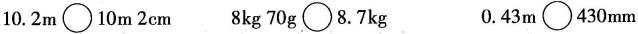
10.2m\bigcirc10m2cm 8kg70g\bigcirc8.7kg 0.43m\bigcirc430mm